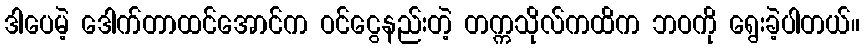
ဒါပေမဲ့ ဒေါက်တာထင်အောင်က ဝင်ငွေနည်းတဲ့ တက္ကသိုလ်ကထိက ဘဝကို ရွေးခဲ့ပါတယ်။